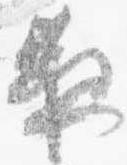
夜